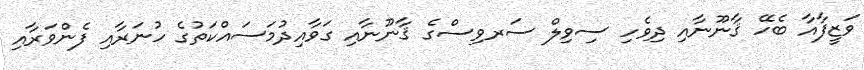
ވަޒީފާއާ ބެހޭ ޤާނޫނާއި ދިވެހި ސިވިލް ސަރވިސްގެ ޤާނޫނާއި ގަވާއިދުމަސައްކަތުގެ ހުނަރާއި ފެންވަރާއި